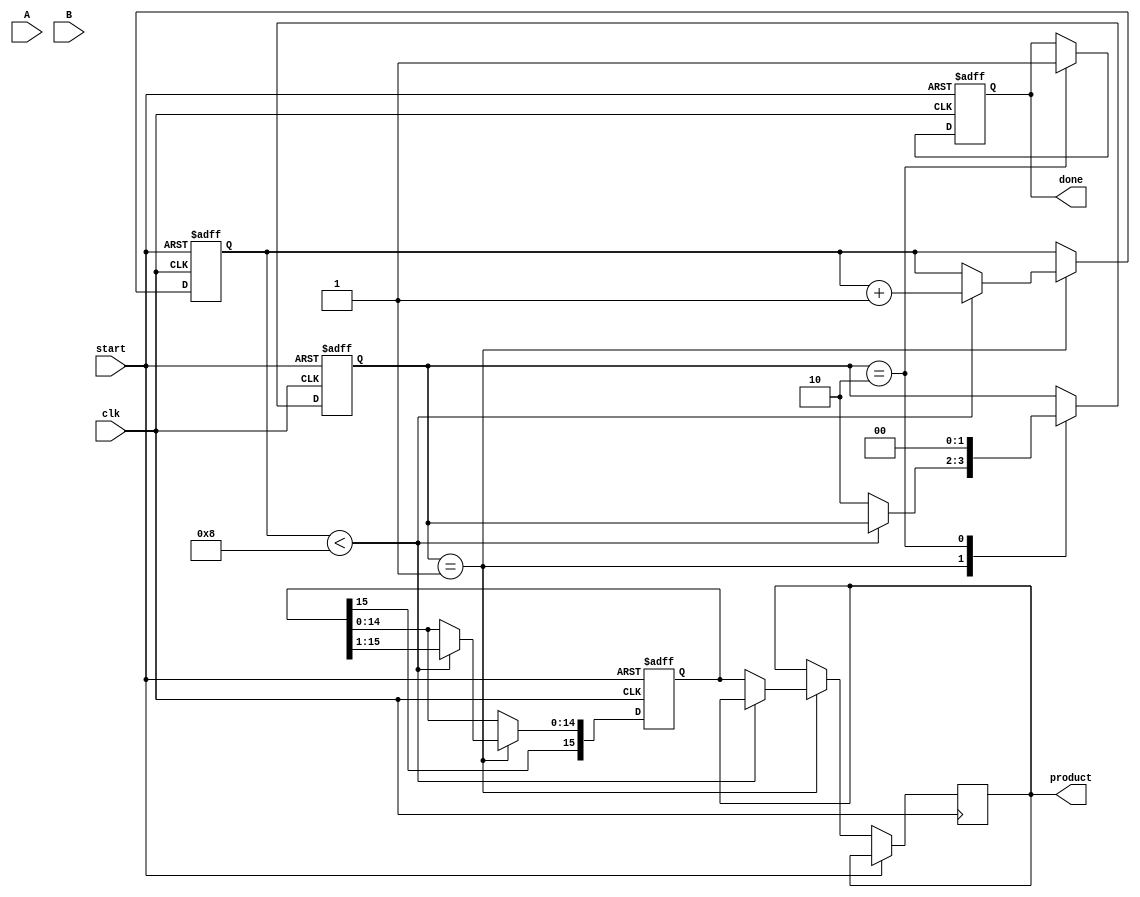
module modified_booth_multiplier #(parameter N = 8) (
    input signed [N-1:0] A, // Multiplicand
    input signed [N-1:0] B, // Multiplier
    output reg signed [2*N-1:0] product, // Product output
    input clk,
    input start,
    output reg done
);

    reg signed [N:0] A_ext; // Sign-extended multiplicand
    reg signed [N:0] B_reg; // Register for multiplier
    reg [2*N-1:0] P; // Accumulator for partial products
    reg [N-1:0] count; // Bit counter
    reg [1:0] state; // State for FSM

    // States for the FSM
    localparam IDLE = 2'b00,
               PROCESS = 2'b01,
               DONE = 2'b10;

    // Initialize the registers
    always @(posedge clk or posedge start) begin
        if (start) begin
            A_ext <= {A[N-1], A}; // Sign-extend A
            B_reg <= B; // Load B
            P <= 0; // Clear the product accumulator
            count <= 0; // Reset count
            state <= PROCESS; // Move to PROCESS state
            done <= 0; // Not done yet
        end
        else begin
            case (state)
                PROCESS: begin
                    if (count < N) begin
                        case ({B_reg[0], B_reg[1]}) // Booth's encoding
                            2'b00: P <= P; // No operation
                            2'b01: P <= P + {A_ext, 1'b0}; // Add A
                            2'b10: P <= P - {A_ext, 1'b0}; // Subtract A
                            2'b11: P <= P; // No operation
                        endcase
                        // Shift right
                        P <= {P[2*N-1], P[2*N-1:1]}; // Shift right
                        B_reg <= {1'b0, B_reg[N-1:1]}; // Shift B right
                        count <= count + 1; // Increment count
                    end
                    else begin
                        product <= P; // Assign final product
                        state <= DONE; // Move to DONE state
                    end
                end
                DONE: begin
                    done <= 1; // Signal that multiplication is done
                    state <= IDLE; // Reset state
                end
            endcase
        end
    end
endmodule